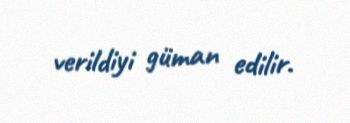
verildiyi güman edilir.